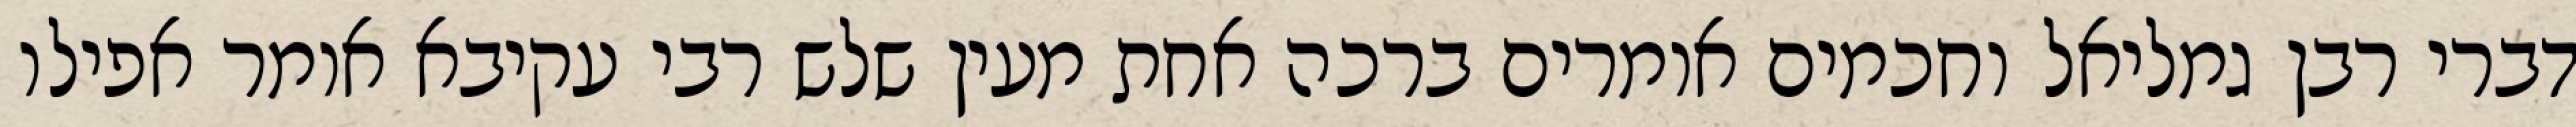
דברי רבן גמליאל וחכמים אומרים ברכה אחת מעין שלש רבי עקיבא אומר אפילו